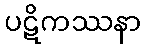
ပဋိကဿနာ